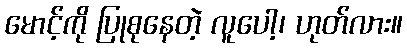
မောင့်ကို ပြုစုနေတဲ့ လူပေါ့၊ ဟုတ်လား။